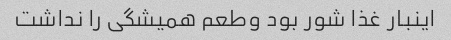
اینبار غذا شور بود وطعم همیشگی را نداشت